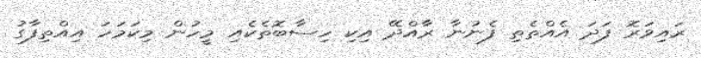
ރައިވަރޮ ފަދަ އެއްތެތި ފެނުނާ ރާއްދޭ އިކި ހިސާބޮތެކެއި މީހުން މިކަމަހަ އިއްތިފާގު